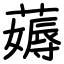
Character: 薅